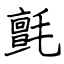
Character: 氈